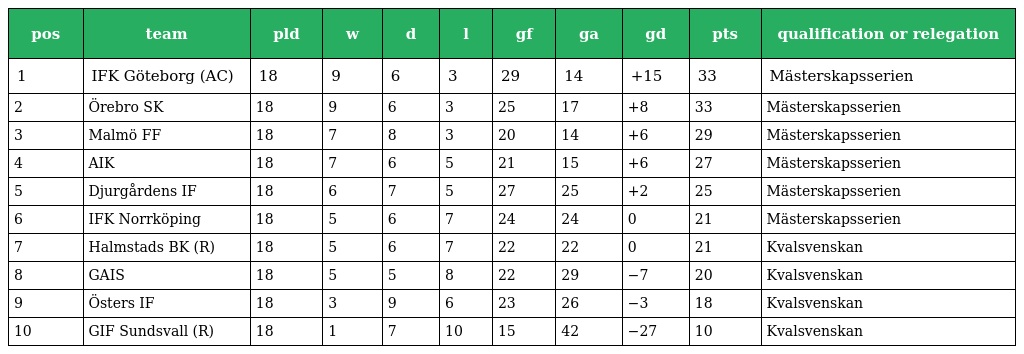
| pos | team | pld | w | d | l | gf | ga | gd | pts | qualification or relegation |
 | --- | --- | --- | --- | --- | --- | --- | --- | --- | --- | --- |
 | 1 | IFK Göteborg (AC) | 18 | 9 | 6 | 3 | 29 | 14 | +15 | 33 | Mästerskapsserien |
 | 2 | Örebro SK | 18 | 9 | 6 | 3 | 25 | 17 | +8 | 33 | Mästerskapsserien |
 | 3 | Malmö FF | 18 | 7 | 8 | 3 | 20 | 14 | +6 | 29 | Mästerskapsserien |
 | 4 | AIK | 18 | 7 | 6 | 5 | 21 | 15 | +6 | 27 | Mästerskapsserien |
 | 5 | Djurgårdens IF | 18 | 6 | 7 | 5 | 27 | 25 | +2 | 25 | Mästerskapsserien |
 | 6 | IFK Norrköping | 18 | 5 | 6 | 7 | 24 | 24 | 0 | 21 | Mästerskapsserien |
 | 7 | Halmstads BK (R) | 18 | 5 | 6 | 7 | 22 | 22 | 0 | 21 | Kvalsvenskan |
 | 8 | GAIS | 18 | 5 | 5 | 8 | 22 | 29 | −7 | 20 | Kvalsvenskan |
 | 9 | Östers IF | 18 | 3 | 9 | 6 | 23 | 26 | −3 | 18 | Kvalsvenskan |
 | 10 | GIF Sundsvall (R) | 18 | 1 | 7 | 10 | 15 | 42 | −27 | 10 | Kvalsvenskan |